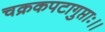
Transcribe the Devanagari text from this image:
चक्रकपटागुप्ताः।।